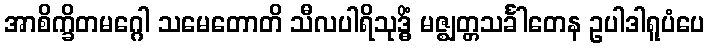
အာစိက္ခိတမဂ္ဂေါ သမေတောတိ သီလပါရိသုဒ္ဓိံ မဇ္ဈတ္တသင်္ခါတေန ဥပါဒါရူပံပေ